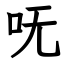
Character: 呒